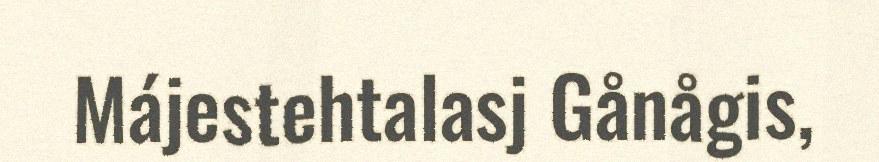
Májestehtalasj Gånågis,